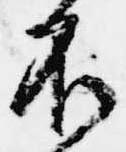
不